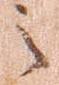
之